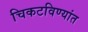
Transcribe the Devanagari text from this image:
चिकटविण्यांत